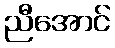
ညီအောင်